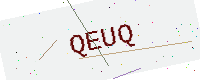
Text: QEUQ